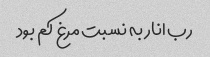
رب انار به نسبت مرغ کم بود